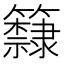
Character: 𥷗